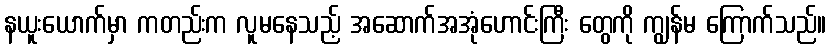
နယူးယောက်မှာ ကတည်းက လူမနေသည့် အဆောက်အအုံဟောင်းကြီး တွေကို ကျွန်မ ကြောက်သည်။